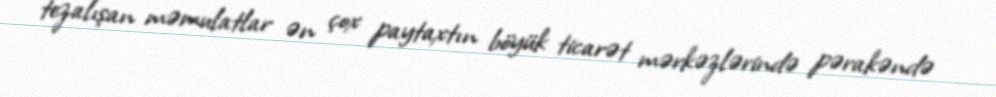
tezalışan məmulatlar ən çox paytaxtın böyük ticarət mərkəzlərində pərakəndə